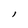
Character: l